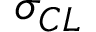
\sigma _ { C L }